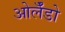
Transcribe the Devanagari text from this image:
ओर्लँडो